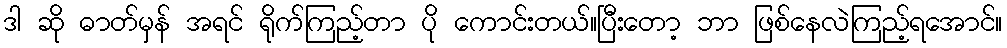
ဒါ ဆို ဓာတ်မှန် အရင် ရိုက်ကြည့်တာ ပို ကောင်းတယ်။ပြီးတော့ ဘာ ဖြစ်နေလဲကြည့်ရအောင်။